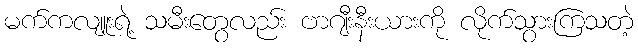
မက်ကလျူးရဲ့ သမီးတွေလည်း ဗာဂျီးနီးယားကို လိုက်သွားကြသတဲ့